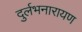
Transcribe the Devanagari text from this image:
दुर्लभनारायण